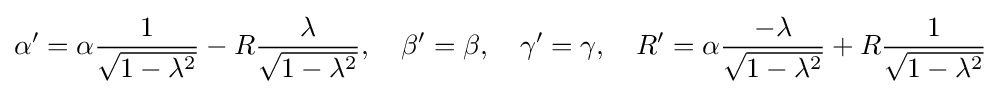
\alpha '=\alpha {\frac {1}{\sqrt {1-\lambda ^{2}}}}-R{\frac {\lambda }{\sqrt {1-\lambda ^{2}}}},\quad \beta '=\beta ,\quad \gamma '=\gamma ,\quad R'=\alpha {\frac {-\lambda }{\sqrt {1-\lambda ^{2}}}}+R{\frac {1}{\sqrt {1-\lambda ^{2}}}}